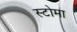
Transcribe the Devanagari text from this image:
स्टोमा